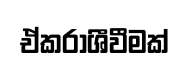
ඒකරාශීවීමක්